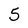
Character: 5